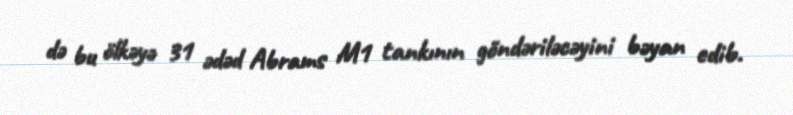
də bu ölkəyə 31 ədəd Abrams M1 tankının göndəriləcəyini bəyan edib.